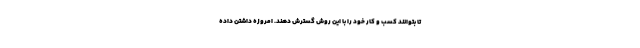
تا بتوانند کسب و کار خود را با این روش گسترش دهند. امروزه داشتن داده